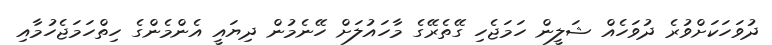
ދުވަހަކަށްވުރެ ދުވަހެއް ޝަލީން ހަމަޖެހި ގޭތެރޭގެ މާހައުލަށް ހޭނެމުން ދިޔައީ އެންމެންގެ ހިތްހަމަޖެހުމާއި